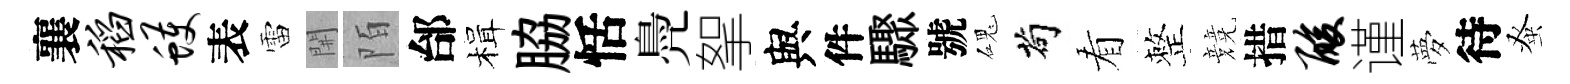
襄稻蠖表雷𨳩陌邰楫脇恬鳧挐與件驟號磈茍看整競措酸谨夢待𫊫